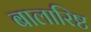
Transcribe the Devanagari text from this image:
बालारिष्ट